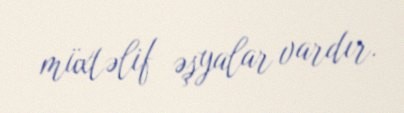
müxtəlif əşyalar vardır.